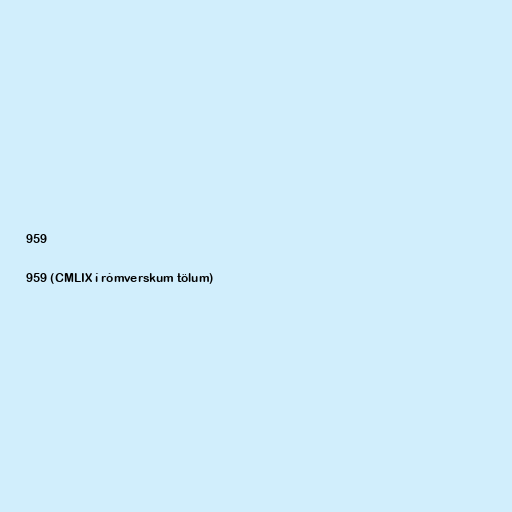
959

959 (CMLIX í rómverskum tölum)